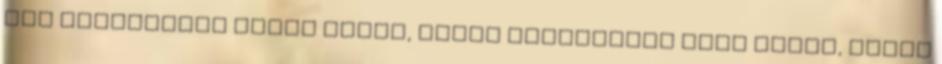
ami egyeseknek kerek egész, lehet egyeseknek csak csonk, tehát